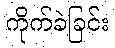
ကိုက်ခဲခြင်း